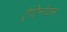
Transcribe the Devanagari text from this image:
ट्रेटिनॉयन